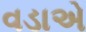
વડાએ